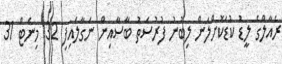
ރެއާލްގެ ލީޑު ކުޑަކޮށްލަން ލިބުނު ފުރުސަތު ބާސާއިން ނަގާލައިފި 32 މިނެޓް 31